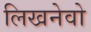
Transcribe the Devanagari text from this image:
लिखनेवो